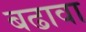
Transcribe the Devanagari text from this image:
बढावा